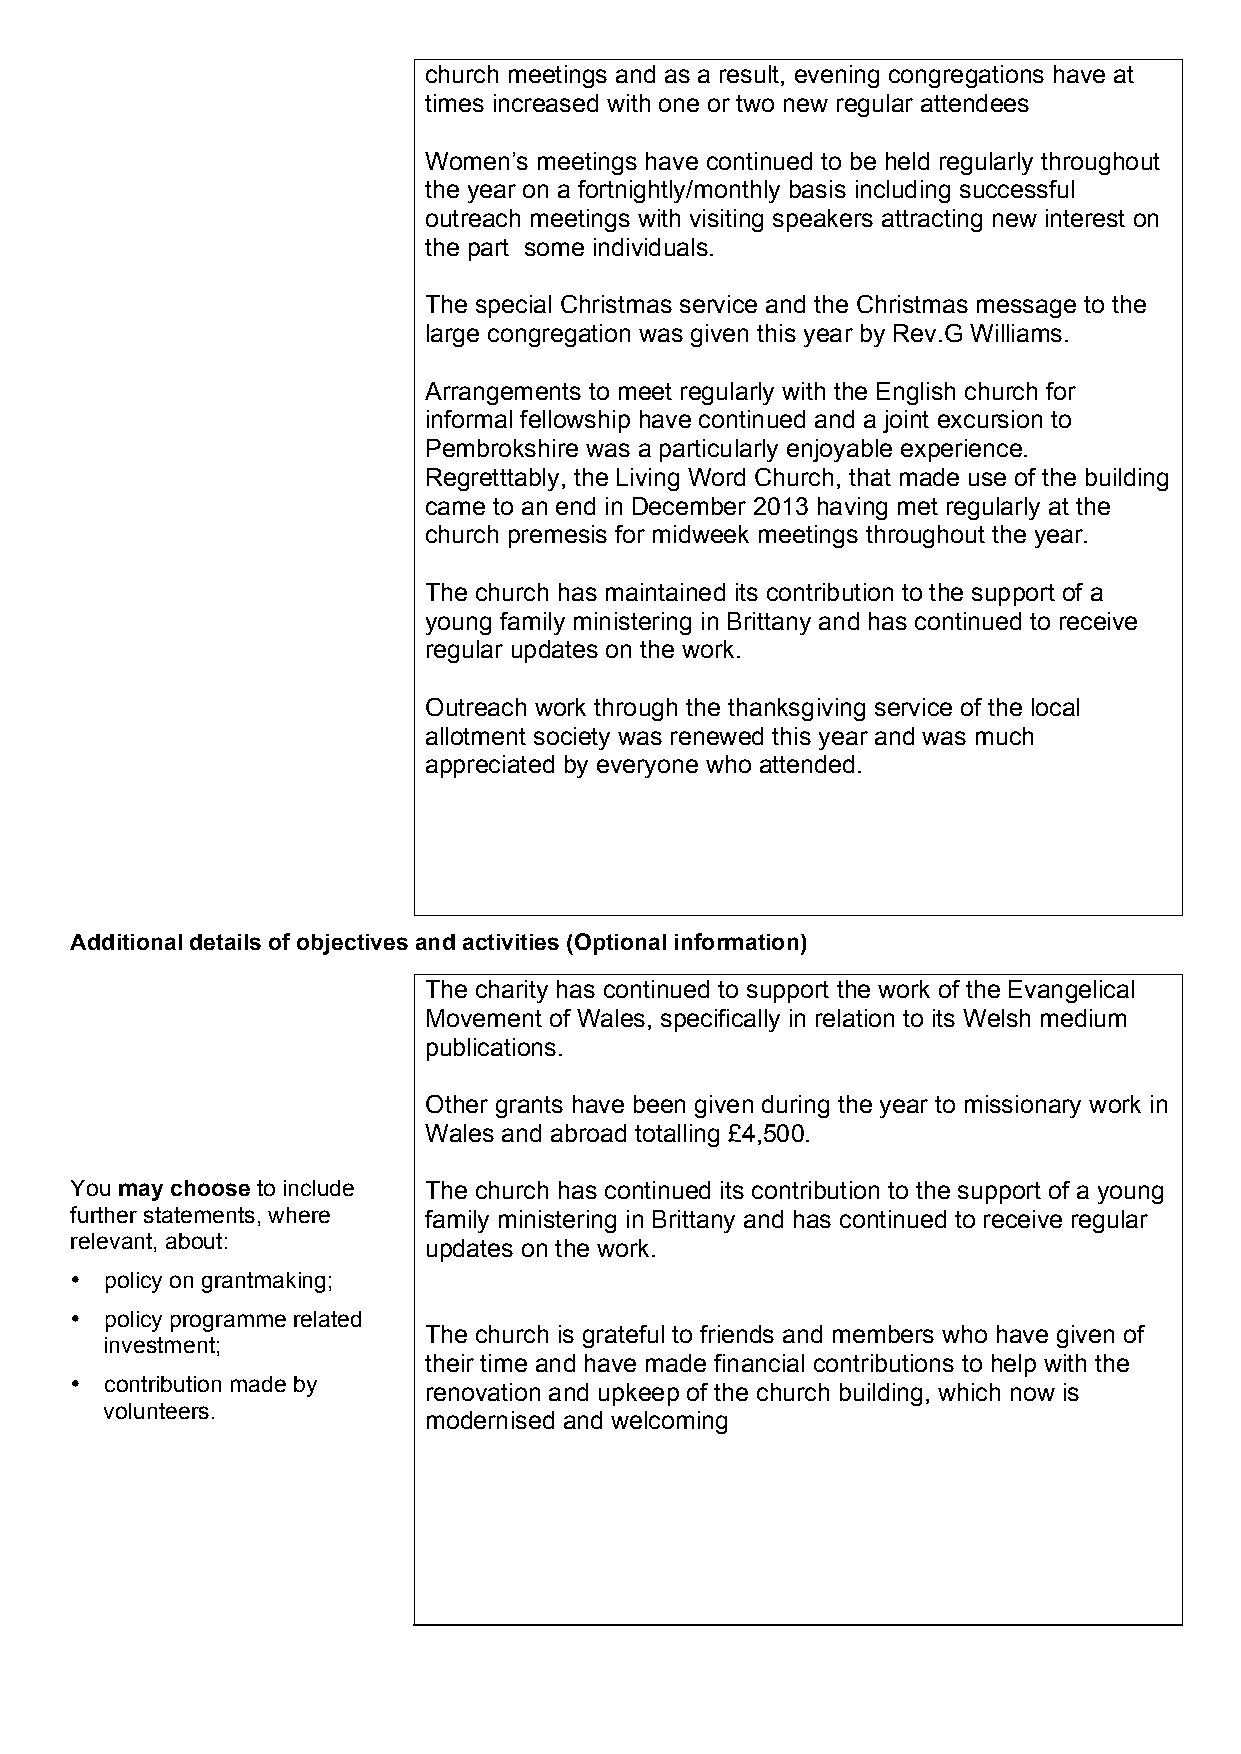
church meetings and as a result, evening congregations have at
 times increased with one or two new regular attendees
 Women’s meetings have continued to be held regularly throughout
 the year on a fortnightly/monthly basis including successful
 outreach meetings with visiting speakers attracting new interest on
 the part some individuals.
 The special Christmas service and the Christmas message to the
 large congregation was given this year by Rev.G Williams.
 Arrangements to meet regularly with the English church for
 informal fellowship have continued and a joint excursion to
 Pembrokshire was a particularly enjoyable experience.
 Regretttably, the Living Word Church, that made use of the building
 came to an end in December 2013 having met regularly at the
 church premesis for midweek meetings throughout the year.
 The church has maintained its contribution to the support of a
 young family ministering in Brittany and has continued to receive
 regular updates on the work.
 Outreach work through the thanksgiving service of the local
 allotment society was renewed this year and was much
 appreciated by everyone who attended.
 Additional details of objectives and activities (Optional information)
 The charity has continued to support the work of the Evangelical
 Movement of Wales, specifically in relation to its Welsh medium
 publications.
 Other grants have been given during the year to missionary work in
 Wales and abroad totalling £4,500.
 You may choose to include The church has continued its contribution to the support of a young
 further statements, where family ministering in Brittany and has continued to receive regular
 relevant, about:       updates on the work.
 • policy on grantmaking;
 • policy programme related
 The church is grateful to friends and members who have given of
 investment;
 their time and have made financial contributions to help with the
 • contribution made by renovation and upkeep of the church building, which now is
 volunteers.
 modernised and welcoming
 TAR                                 4                            March 2012